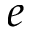
e